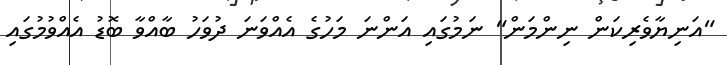
"އަނިޔާވެރިކަން ނިންމަން" ނަމުގައި އަންނަ މަހުގެ އެއްވަނަ ދުވަހު ބާއްވާ ބޮޑު އެއްވުމުގައި